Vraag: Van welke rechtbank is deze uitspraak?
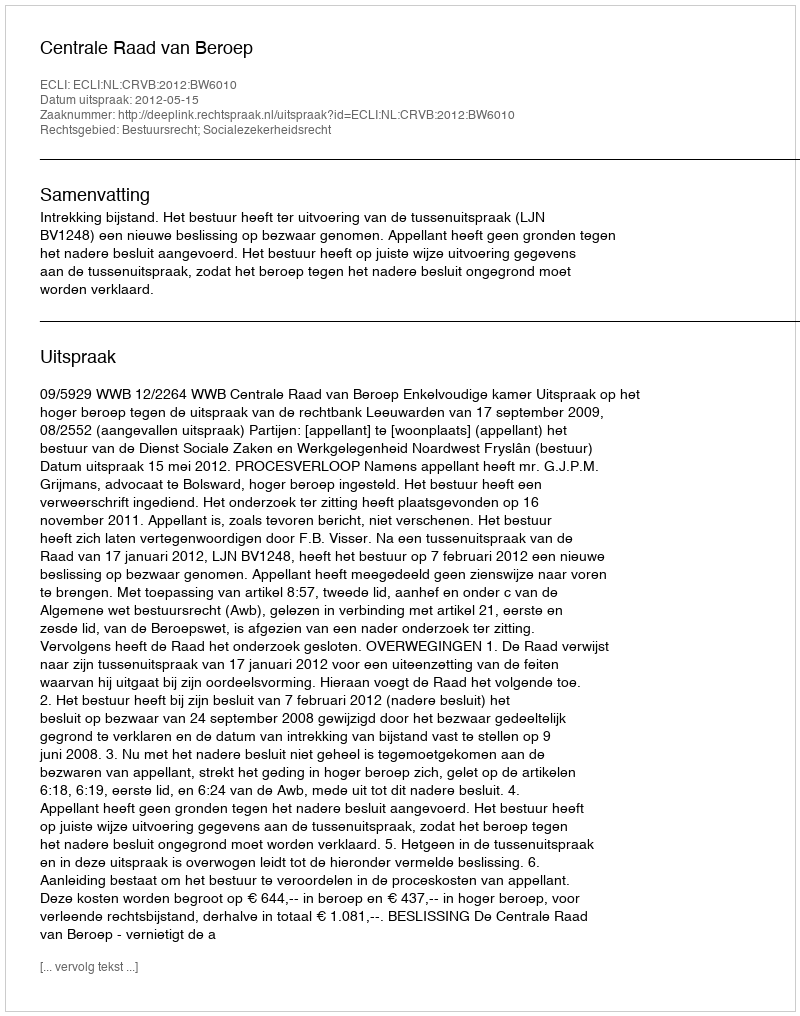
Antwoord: Centrale Raad van Beroep